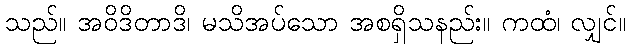
သည်။ အဝိဒိတာဒိ၊ မသိအပ်သော အစရှိသနည်း။ ကထံ၊ လျှင်။